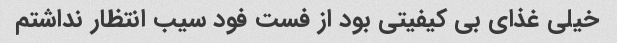
خیلی غذای بی کیفیتی بود از فست فود سیب انتظار نداشتم